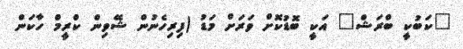
"ކަބުކީ ބްރަޝް" އަކީ ބޮޑުކޮށް ވަރަށް މަޑު (ފިރިހެނުން ޝޭވިން ކްރީމް ހާކަން